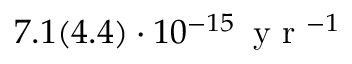
7 . 1 ( 4 . 4 ) \cdot 1 0 ^ { - 1 5 } \, \mathrm { ~ y ~ r ~ } ^ { - 1 }